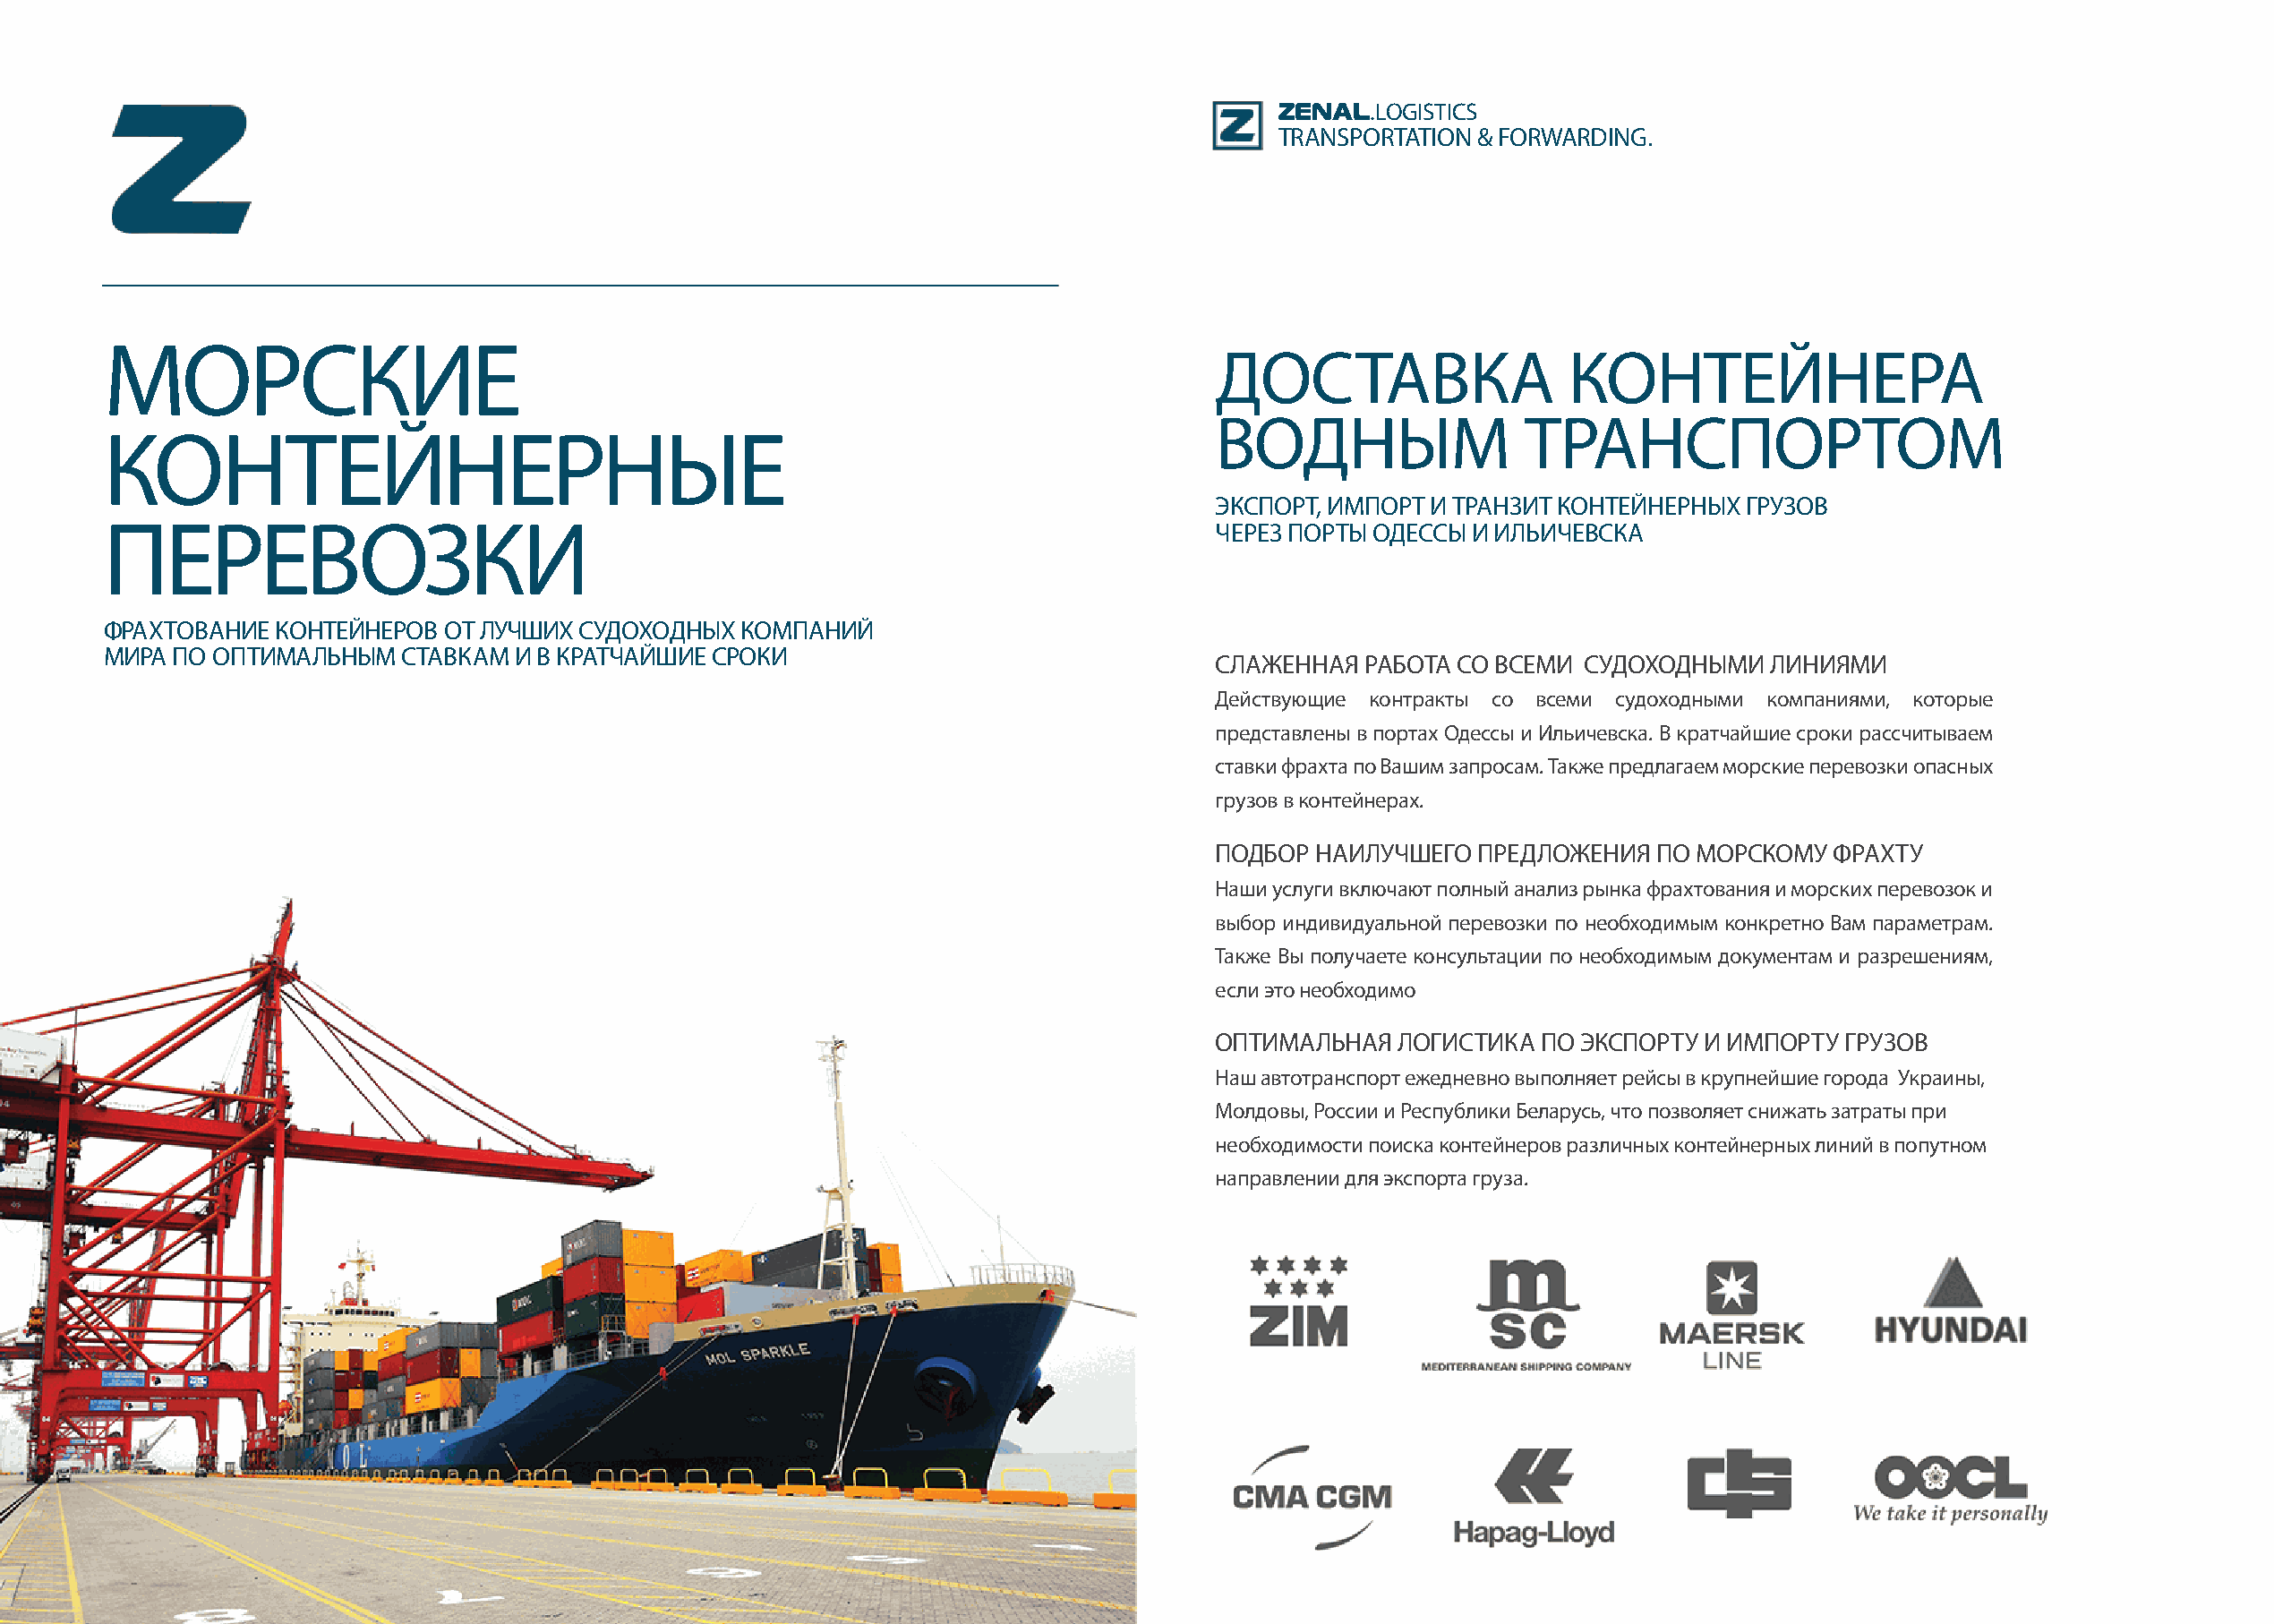
ZENAL.LOGISTICS
 TRANSPORTATION & FORWARDING.
 МОРСКИЕ
 ДОСТАВКА                  КОНТЕЙНЕРА
 ВОДНЫМ                 ТРАНСПОРТОМ
 КОНТЕЙНЕРНЫЕ
 ЭКСПОРТ, ИМПОРТ И ТРАНЗИТ КОНТЕЙНЕРНЫХ ГРУЗОВ
 ПЕРЕВОЗКИ                                                                         ЧЕРЕЗ ПОРТЫ ОДЕССЫ И ИЛЬИЧЕВСКА
 ФРАХТОВАНИЕ КОНТЕЙНЕРОВ  ОТ ЛУЧШИХ СУДОХОДНЫХ  КОМПАНИЙ
 МИРА ПО ОПТИМАЛЬНЫМ   СТАВКАМ И В КРАТЧАЙШИЕ СРОКИ
 СЛАЖЕННАЯ  РАБОТА СО ВСЕМИ СУДОХОДНЫМИ   ЛИНИЯМИ
 Действующие контракты со всеми судоходными компаниями, которые
 представлены в портах Одессы и Ильичевска. В кратчайшие сроки рассчитываем
 ставки фрахта по Вашим запросам. Также предлагаем морские перевозки опасных
 грузов в контейнерах.
 ПОДБОР НАИЛУЧШЕГО  ПРЕДЛОЖЕНИЯ  ПО МОРСКОМУ   ФРАХТУ
 Наши услуги включают полный анализ рынка фрахтования и морских перевозок и
 выбор индивидуальной перевозки по необходимым конкретно Вам параметрам.
 Также Вы получаете консультации по необходимым документам и разрешениям,
 если это необходимо
 ОПТИМАЛЬНАЯ  ЛОГИСТИКА  ПО ЭКСПОРТУ И ИМПОРТУ ГРУЗОВ
 Наш автотранспорт ежедневно выполняет рейсы в крупнейшие города Украины,
 Молдовы, России и Республики Беларусь, что позволяет снижать затраты при
 необходимости поиска контейнеров различных контейнерных линий в попутном
 направлении для экспорта груза.